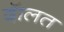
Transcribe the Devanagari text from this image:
दॅालत